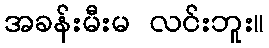
အခန်းမီးမ လင်းဘူး။